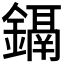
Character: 𨭀